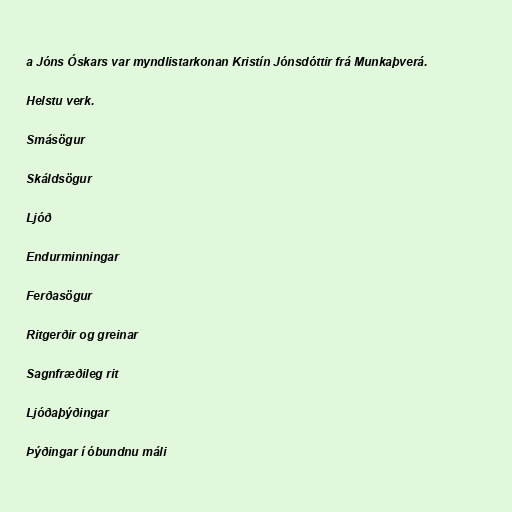
a Jóns Óskars var myndlistarkonan Kristín Jónsdóttir frá Munkaþverá.

Helstu verk.

Smásögur

Skáldsögur

Ljóð

Endurminningar

Ferðasögur

Ritgerðir og greinar

Sagnfræðileg rit

Ljóðaþýðingar

Þýðingar í óbundnu máli